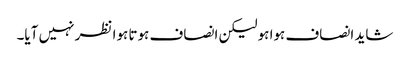
شاید انصاف ہوا ہو لیکن انصاف ہوتا ہوا نظر نہیں آیا۔